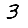
Digit: 3